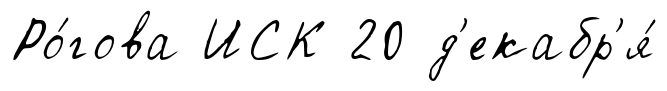
Ро́гова ИСК 20 д'екабр'я́